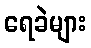
ရေခဲများ